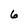
Character: 6